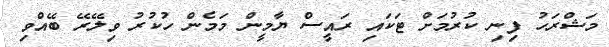
މަޝްރަހު ފިނި ކުުުރުމަށް ޓަކައި ރައީސް ޔާމީން މަމެން ހުކުރު ވިލޭރޭ ބޭއްވި